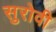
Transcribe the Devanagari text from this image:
सुरोवी